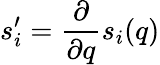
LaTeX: s_{i}^{\prime}=\frac{\partial}{\partial q}s_{i}(q)